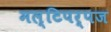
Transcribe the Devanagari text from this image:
मल्टिपर्पज